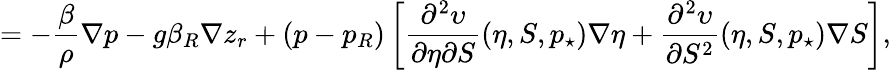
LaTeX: =-\frac{\beta}{\rho}\nabla p-g\beta_{R}\nabla z_{r}+(p-p_{R})\left[\frac{\partial^{2}\upsilon}{\partial\eta\partial S}(\eta,S,p_{\star})\nabla\eta+\frac{\partial^{2}\upsilon}{\partial S^{2}}(\eta,S,p_{\star})\nabla S\right],